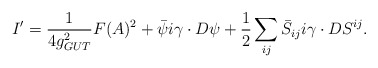
\begin{align*}I'={1\over 4 g_{GUT}^2}F(A)^2+ \bar\psi i\gamma\cdot D\psi+{1\over 2}\sum_{ij}\bar S_{ij} i\gamma\cdot D S^{ij}.\end{align*}